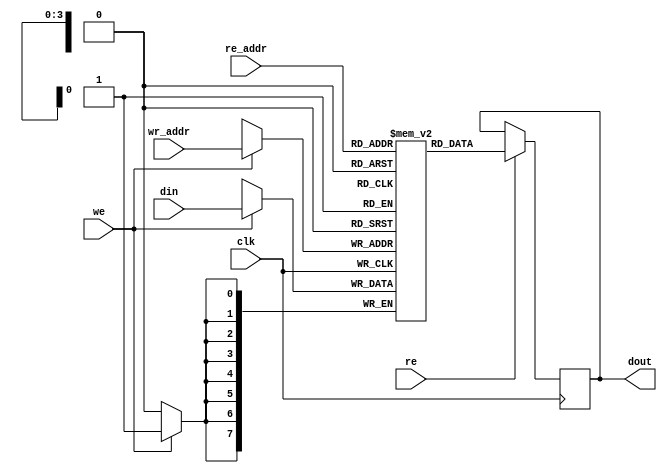
`timescale 1ns / 1ps
//////////////////////////////////////////////////////////////////////////////////
// Company: 
// Engineer: 
// 
// Design Name: 
// Module Name:    Dua_port_Ram 
// Project Name: 
// Target Devices: 
// Tool versions: 
// Description: 
//
// Dependencies: 
//
// Revision: 
// Revision 0.01 - File Created
// Additional Comments: 
//
//////////////////////////////////////////////////////////////////////////////////
module Dua_port_Ram(we,re,clk,re_addr,wr_addr,din,dout);
  
  input we,re,clk;
  input [3:0]re_addr,wr_addr;
  input [7:0]din;
  output reg [7:0]dout;
  
  reg [7:0]Mem[15:0];
  
  
  always@(posedge clk) 
  begin
   if(we) Mem[wr_addr] <= din;
	if(re) dout <= Mem[re_addr];
  end
endmodule